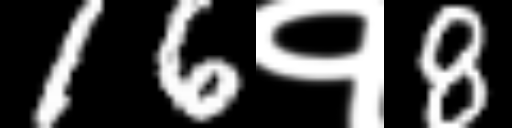
Text: 16१8